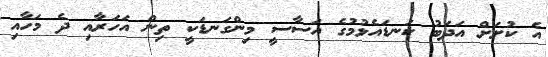
އެ ކުށަށް އަދަބު ކަނޑައެޅުމުގެ އަސާސީ މިންގަނޑަކީ ތިން އަހަރާއި ދެ މަހާއި